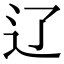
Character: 辽